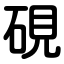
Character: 硯